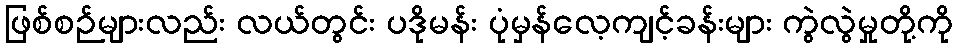
ဖြစ်စဉ်များလည်း လယ်တွင်း ပဒိုမန်း ပုံမှန်လေ့ကျင့်ခန်းများ ကွဲလွဲမှုတို့ကို